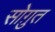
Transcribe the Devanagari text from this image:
सोग़ुत